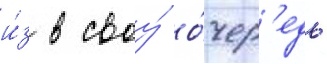
и́з в своу́ о́чер'едь